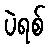
ပဲရစ်